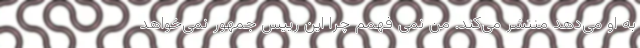
به او می‌دهد منتشر می‌کند. من نمی فهمم چرا این رییس جمهور نمی‌خواهد